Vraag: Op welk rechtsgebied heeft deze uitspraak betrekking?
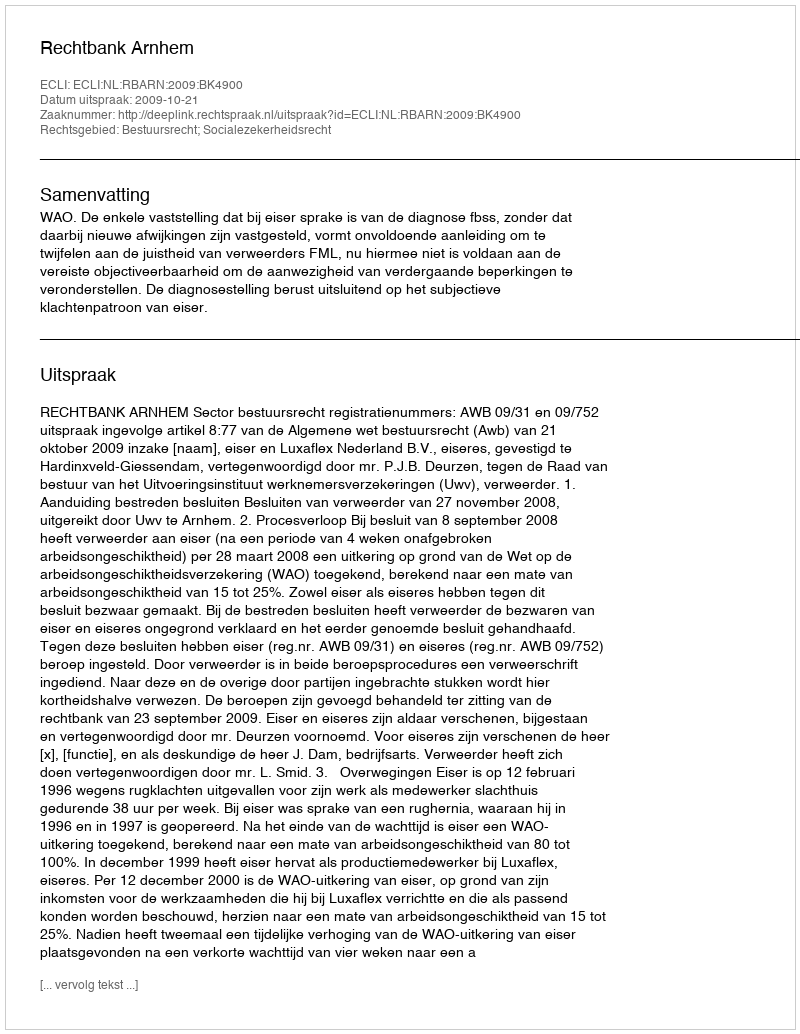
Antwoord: Bestuursrecht; Socialezekerheidsrecht